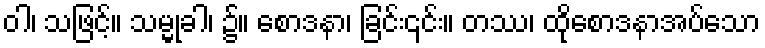
ဝါ၊ သဖြင့်။ သမ္မုခါ၊ ၌။ စောဒနာ၊ ခြင်း၎င်း။ တဿ၊ ထိုစောဒနာအပ်သော